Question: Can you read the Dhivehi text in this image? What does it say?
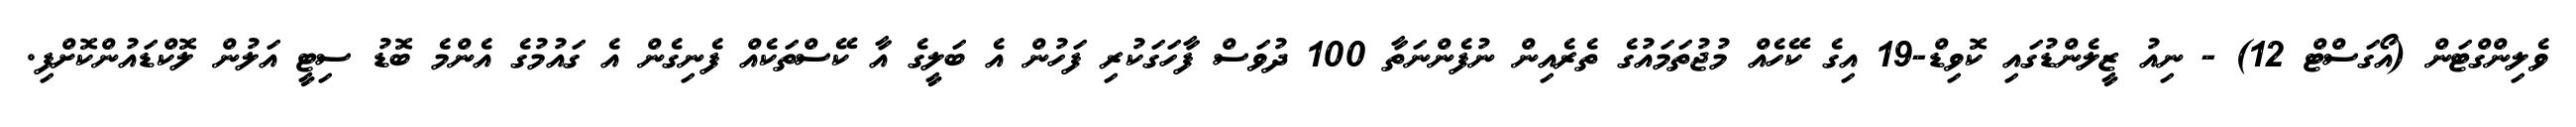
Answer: ވެލިންގްޓަން (އޯގަސްޓް 12) - ނިއު ޒީލެންޑުގައި ކޮވިޑް-19 އިގެ ކޭހެއް މުޖުތަމައުގެ ތެރެއިން ނުފެންނަތާ 100 ދުވަސް ފާހަގަކުރި ފަހުން އެ ބަލީގެ އާ ކޭސްތަކެއް ފެނިގެން އެ ގައުމުގެ އެންމެ ބޮޑު ސިޓީ އަލުން ލޮކްޑައުންކޮށްފި.